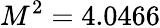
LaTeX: M^{2}=4.0466